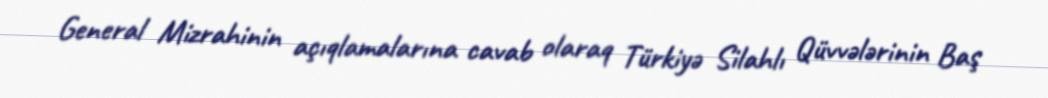
General Mizrahinin açıqlamalarına cavab olaraq Türkiyə Silahlı Qüvvələrinin Baş